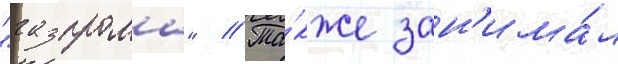
"газпрома" // Та́кже зан'има́л